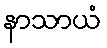
နာသာယံ